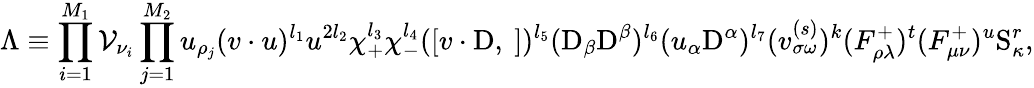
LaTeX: \Lambda\equiv\prod_{i=1}^{M_{1}}{\cal V}_{\nu_{i}}\prod_{j=1}^{M_{2}}u_{\rho_{j}}(v\cdot u)^{l_{1}}u^{2l_{2}}\chi_{+}^{l_{3}}\chi_{-}^{l_{4}}([v\cdot\mathrm{D},\ ])^{l_{5}}(\mathrm{D}_{\beta}\mathrm{D}^{\beta})^{l_{6}}(u_{\alpha}\mathrm{D}^{\alpha})^{l_{7}}(v_{\sigma\omega}^{(s)})^{k}(F_{\rho\lambda}^{+})^{t}(F_{\mu\nu}^{+})^{u}\mathrm{S}_{\kappa}^{r},